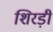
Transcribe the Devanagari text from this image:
शिरड़ी